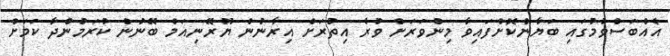
އެއްބަސްވުމުގައި ބަޔާންކޮށްފައިވާ މިންވަރަށް ވުރެ އިތުރަށް އިރާނުން ޔޫރޭނިއަމް ބޭނުން ކުރަމުންދާ ކަމަށް